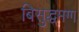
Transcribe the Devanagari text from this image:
बिसुद्धमग्ग